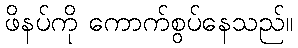
ဖိနပ်ကို ကောက်စွပ်နေသည်။